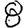
Digit: 8